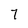
Character: 7